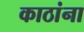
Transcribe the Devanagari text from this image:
काठांना